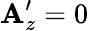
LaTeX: \mathbf{A}_{z}^{\prime}=0